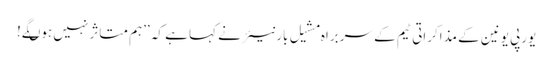
یورپی یونین کے مذاکراتی ٹیم کے سربراہ مشیل بارنیئر نے کہا ہے کہ ’’ہم متاثر نہیں ہوںگے!